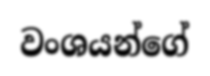
වංශයන්ගේ